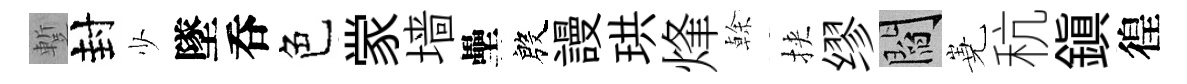
蹔封少墜呑色䝉墙壘殷謾珙烽𠏉挾缪閻嶤秔鎭徨